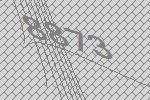
8873